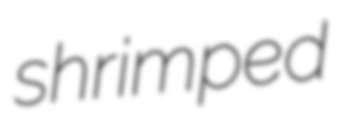
shrimped